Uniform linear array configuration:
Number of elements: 32
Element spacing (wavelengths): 0.25
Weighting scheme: blackman
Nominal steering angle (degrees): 60
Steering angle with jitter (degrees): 61.445
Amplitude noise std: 0.05
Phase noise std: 0.05

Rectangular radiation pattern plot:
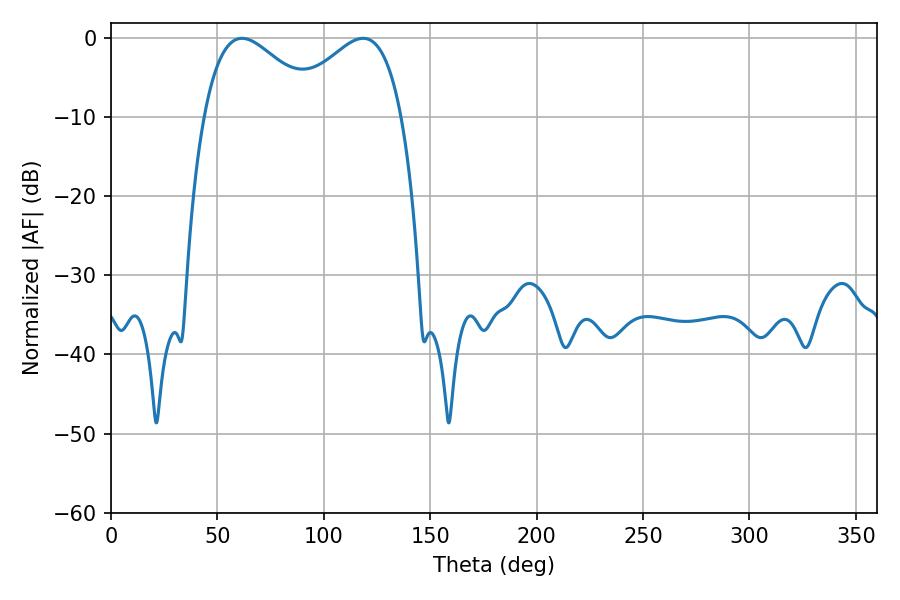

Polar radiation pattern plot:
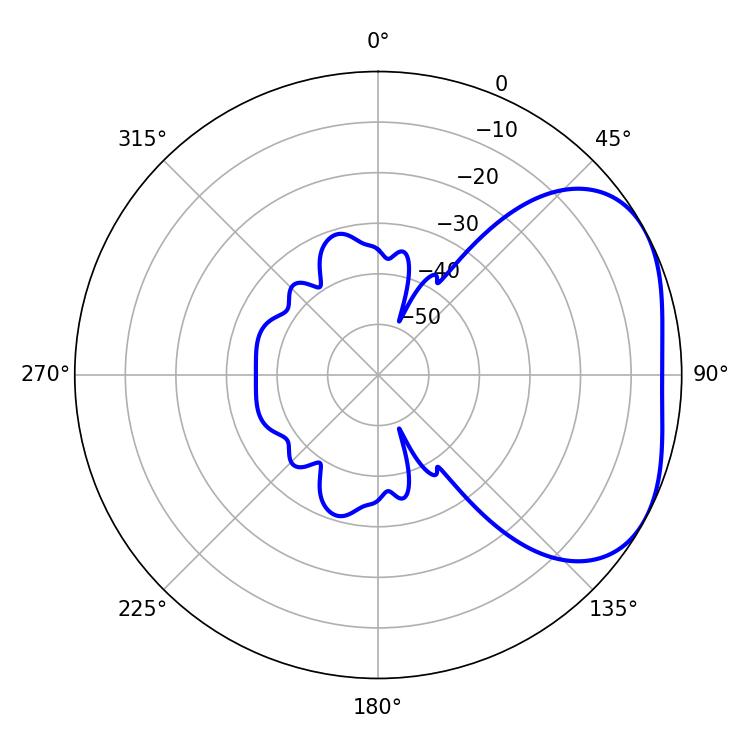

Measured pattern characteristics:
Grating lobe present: FALSE
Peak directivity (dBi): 3.315
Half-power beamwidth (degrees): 29.52
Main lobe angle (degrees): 61.56